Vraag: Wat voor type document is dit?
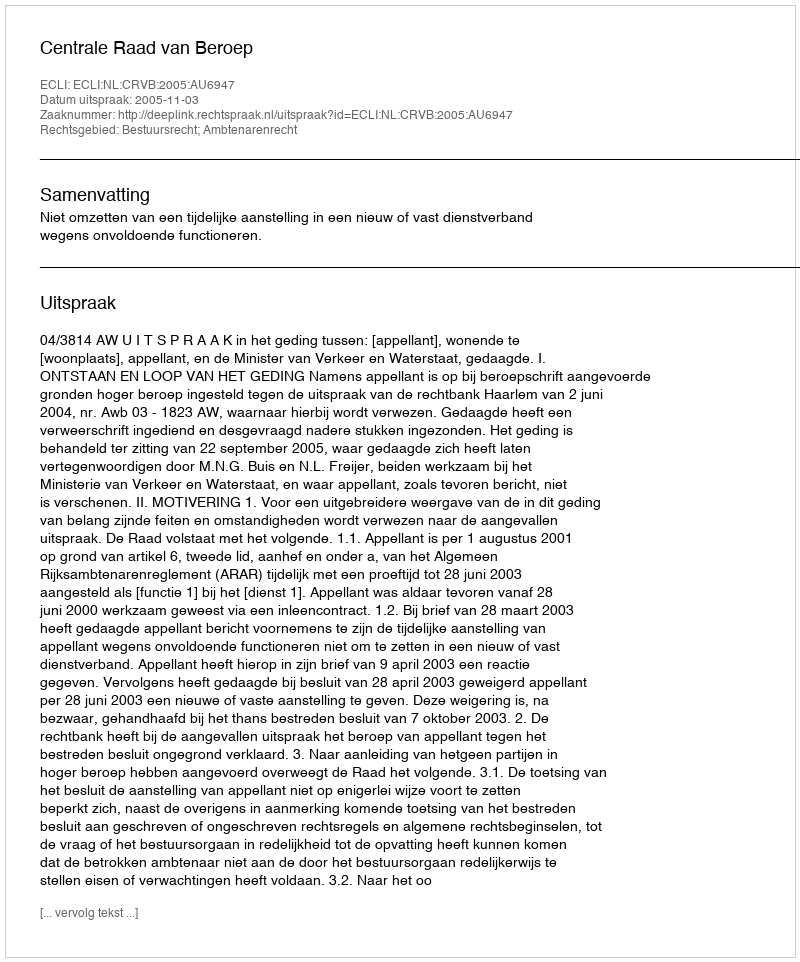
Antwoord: Uitspraak